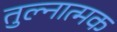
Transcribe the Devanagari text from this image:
तुल्नात्मक